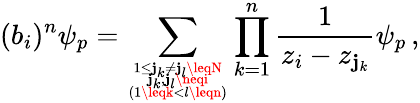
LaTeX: (b_{i})^{n}\psi_{p}=\sum_{{{1\leq\mathbf{j}_{k}\neq\mathbf{j}_{l}\leqN\atop\mathbf{j}_{k},\mathbf{j}_{l}\neqi}\atop(1\leqk<l\leqn)}}\prod_{k=1}^{n}\frac{{1}}{{z_{i}-z_{\mathbf{j}_{k}}}}\psi_{p}\, ,